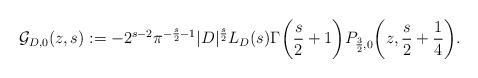
LaTeX: \begin{align*}\mathcal{G}_{D,0}(z,s) := -2^{s-2} \pi^{-\frac{s}{2}-1} |D|^{\frac{s}{2}} L_D(s) \Gamma\biggl(\frac{s}{2}+1\biggr) P_{\frac{3}{2}, 0} \biggl(z, \frac{s}{2} + \frac{1}{4} \biggr).\end{align*}